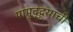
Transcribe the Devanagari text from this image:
पापुद्द्र्याची